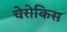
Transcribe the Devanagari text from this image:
चेरोकिस